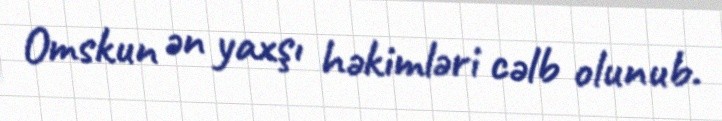
Omskun ən yaxşı həkimləri cəlb olunub.